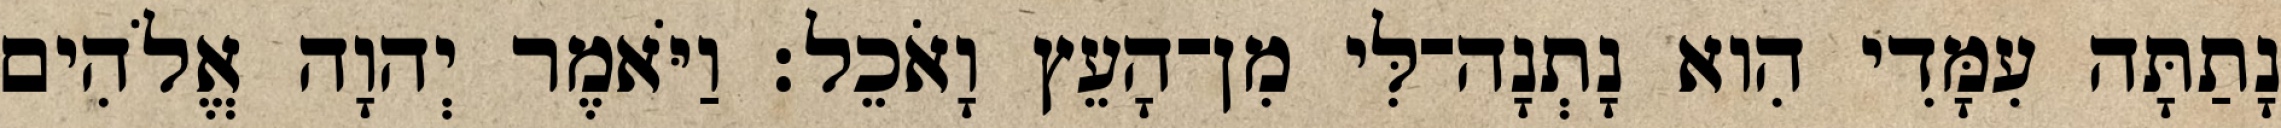
נָתַתָּה עִמָּדִי הִוא נָתְנָה־לִּי מִן־הָעֵץ וָאֹכֵל׃ וַיֹּאמֶר יְהוָה אֱלֹהִים